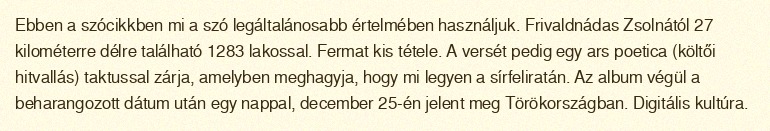
Ebben a szócikkben mi a szó legáltalánosabb értelmében használjuk. Frivaldnádas Zsolnától 27 kilométerre délre található 1283 lakossal. Fermat kis tétele. A versét pedig egy ars poetica (költői hitvallás) taktussal zárja, amelyben meghagyja, hogy mi legyen a sírfeliratán. Az album végül a beharangozott dátum után egy nappal, december 25-én jelent meg Törökországban. Digitális kultúra.